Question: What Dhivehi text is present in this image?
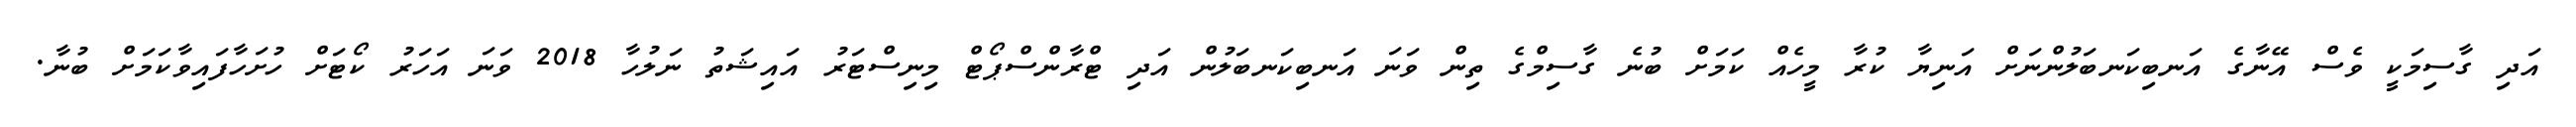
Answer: އަދި ގާސިމަކީ ވެސް އޭނާގެ އަނބިކަނބަލުންނަށް އަނިޔާ ކުރާ މީހެއް ކަމަށް ބުނެ ގާސިމްގެ ތިން ވަނަ އަނބިކަނބަލުން އަދި ޓްރާންސްޕޯޓް މިނިސްޓަރު އައިޝަތު ނަލުހާ 2018 ވަނަ އަހަރު ކޯޓަށް ހުށަހާފައިވާކަމަށް ބުނާ.